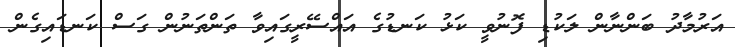
އަރުމާދު ބަންނާން ލަކުޑި ފޮނުވީ ކަޅު ކަނޑުގެ އައްސޭރީގައިވާ ތަންތަނުން ގަސް ކަނޑައިގެން